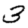
Digit: 3